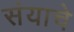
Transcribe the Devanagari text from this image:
संयाचे